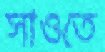
সাওতে